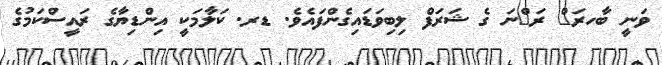
ވަނީ ބާހރަ^ް ރަ^ްނަ ގެ ޝަރަފް ލިބިވަޑައިގެންފައެވެ. ޑރ. ކަލާމަކީ އިންޑިޔާގެ ރައީސްކަމުގެ